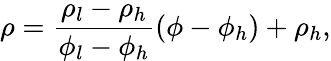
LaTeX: \rho=\frac{\rho_{l}-\rho_{h}}{\phi_{l}-\phi_{h}}(\phi-\phi_{h})+\rho_{h},